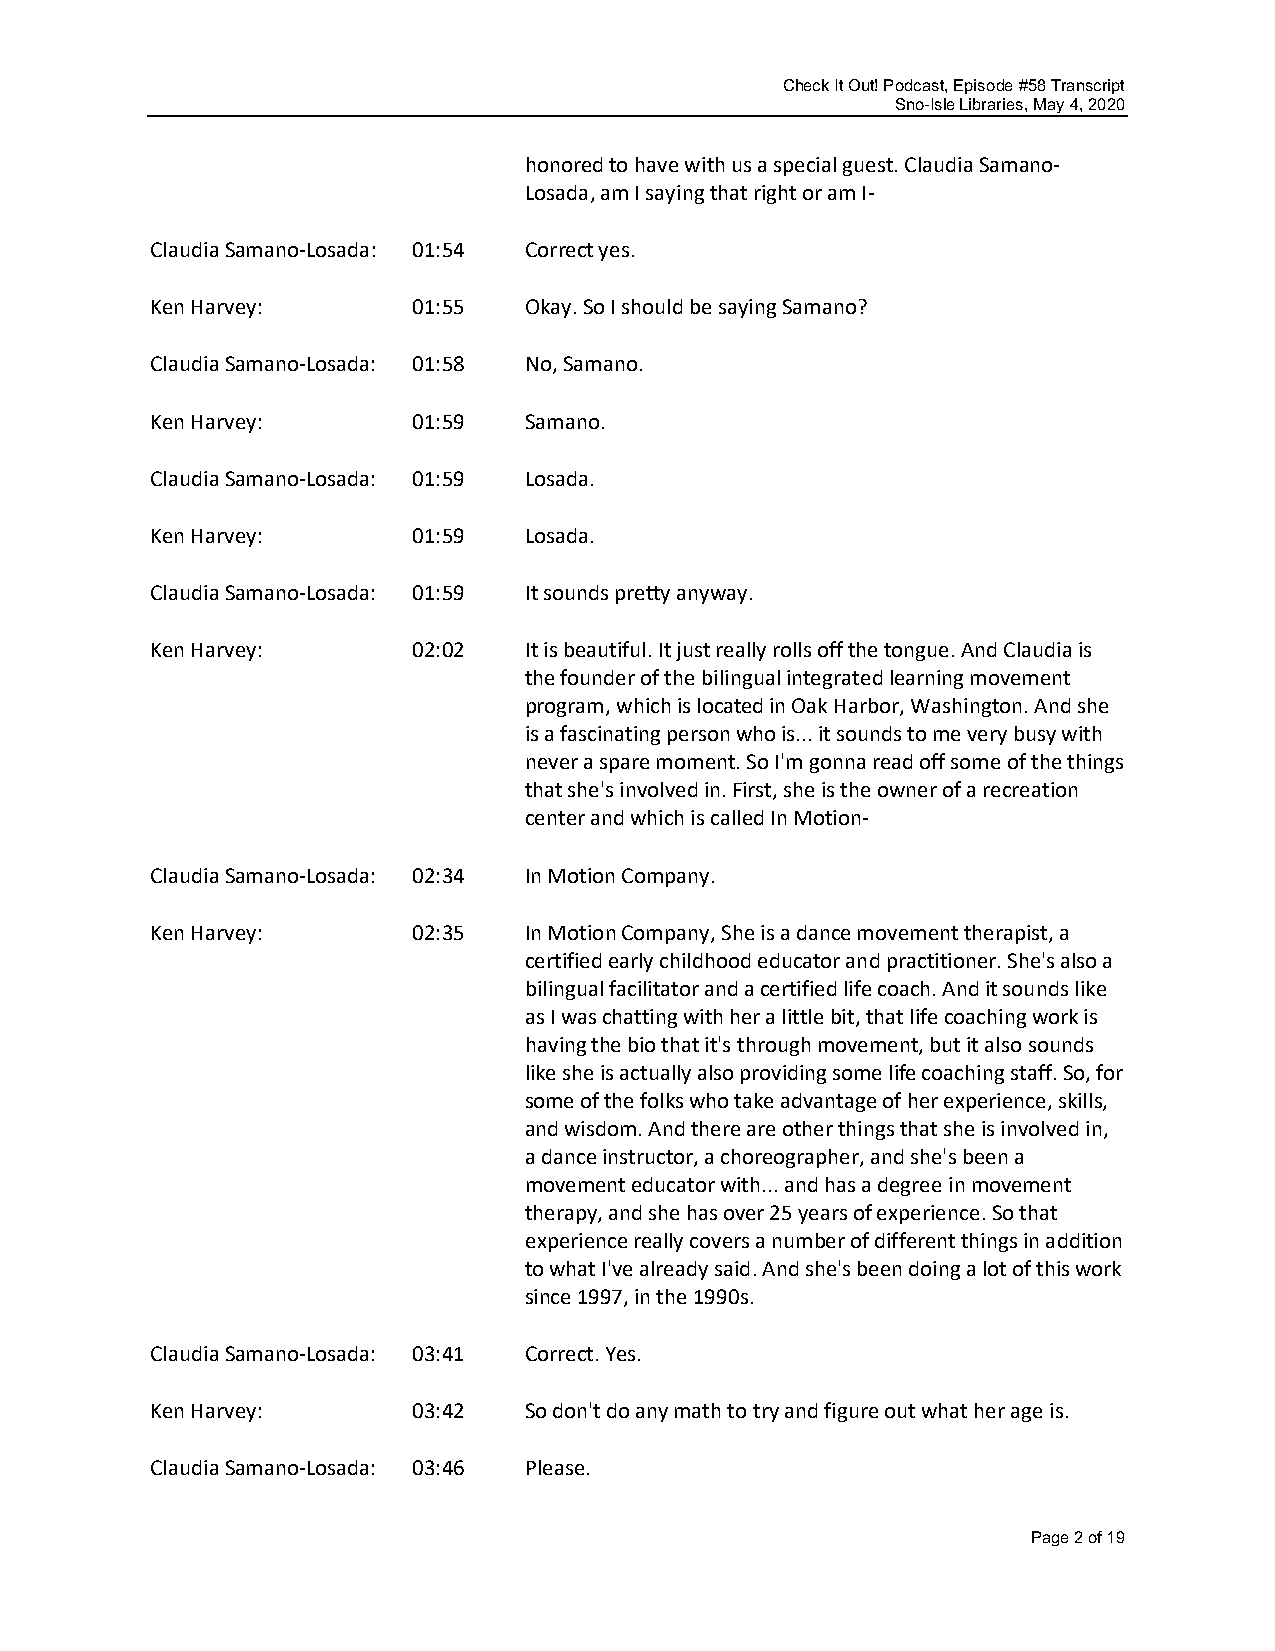
Check It Out! Podcast, Episode #58 Transcript
 Sno-Isle Libraries, May 4, 2020
 honored to have with us a special guest. Claudia Samano-
 Losada, am I saying that right or am I-
 Claudia Samano-Losada: 01:54 Correct yes.
 Ken Harvey:      01:55   Okay. So I should be saying Samano?
 Claudia Samano-Losada: 01:58 No, Samano.
 Ken Harvey:      01:59   Samano.
 Claudia Samano-Losada: 01:59 Losada.
 Ken Harvey:      01:59   Losada.
 Claudia Samano-Losada: 01:59 It sounds pretty anyway.
 Ken Harvey:      02:02   It is beautiful. It just really rolls off the tongue. And Claudia is
 the founder of the bilingual integrated learning movement
 program, which is located in Oak Harbor, Washington. And she
 is a fascinating person who is... it sounds to me very busy with
 never a spare moment. So I'm gonna read off some of the things
 that she's involved in. First, she is the owner of a recreation
 center and which is called In Motion-
 Claudia Samano-Losada: 02:34 In Motion Company.
 Ken Harvey:      02:35   In Motion Company, She is a dance movement therapist, a
 certified early childhood educator and practitioner. She's also a
 bilingual facilitator and a certified life coach. And it sounds like
 as I was chatting with her a little bit, that life coaching work is
 having the bio that it's through movement, but it also sounds
 like she is actually also providing some life coaching staff. So, for
 some of the folks who take advantage of her experience, skills,
 and wisdom. And there are other things that she is involved in,
 a dance instructor, a choreographer, and she's been a
 movement educator with... and has a degree in movement
 therapy, and she has over 25 years of experience. So that
 experience really covers a number of different things in addition
 to what I've already said. And she's been doing a lot of this work
 since 1997, in the 1990s.
 Claudia Samano-Losada: 03:41 Correct. Yes.
 Ken Harvey:      03:42   So don't do any math to try and figure out what her age is.
 Claudia Samano-Losada: 03:46 Please.
 Page 2 of 19